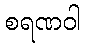
စရဏဝါ